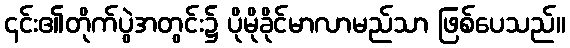
၎င်း၏တိုက်ပွဲအတွင်း၌ ပိုမိုခိုင်မာလာမည်သာ ဖြစ်ပေသည်။